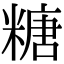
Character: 糖